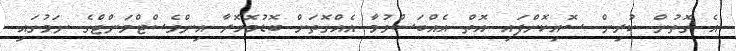
އެ ގޮތުން ކުރިން ސޮއިކޮށްފައި އޮތް އެއްބަސްވުމާ އެއްގޮތަށް ބޮޑުމޮހޮރާ އިންވެސްޓްމަންޓްގެ ނަމުގައި